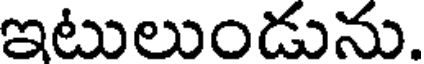
ఇటులుండును.